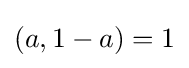
(a,1-a)=1